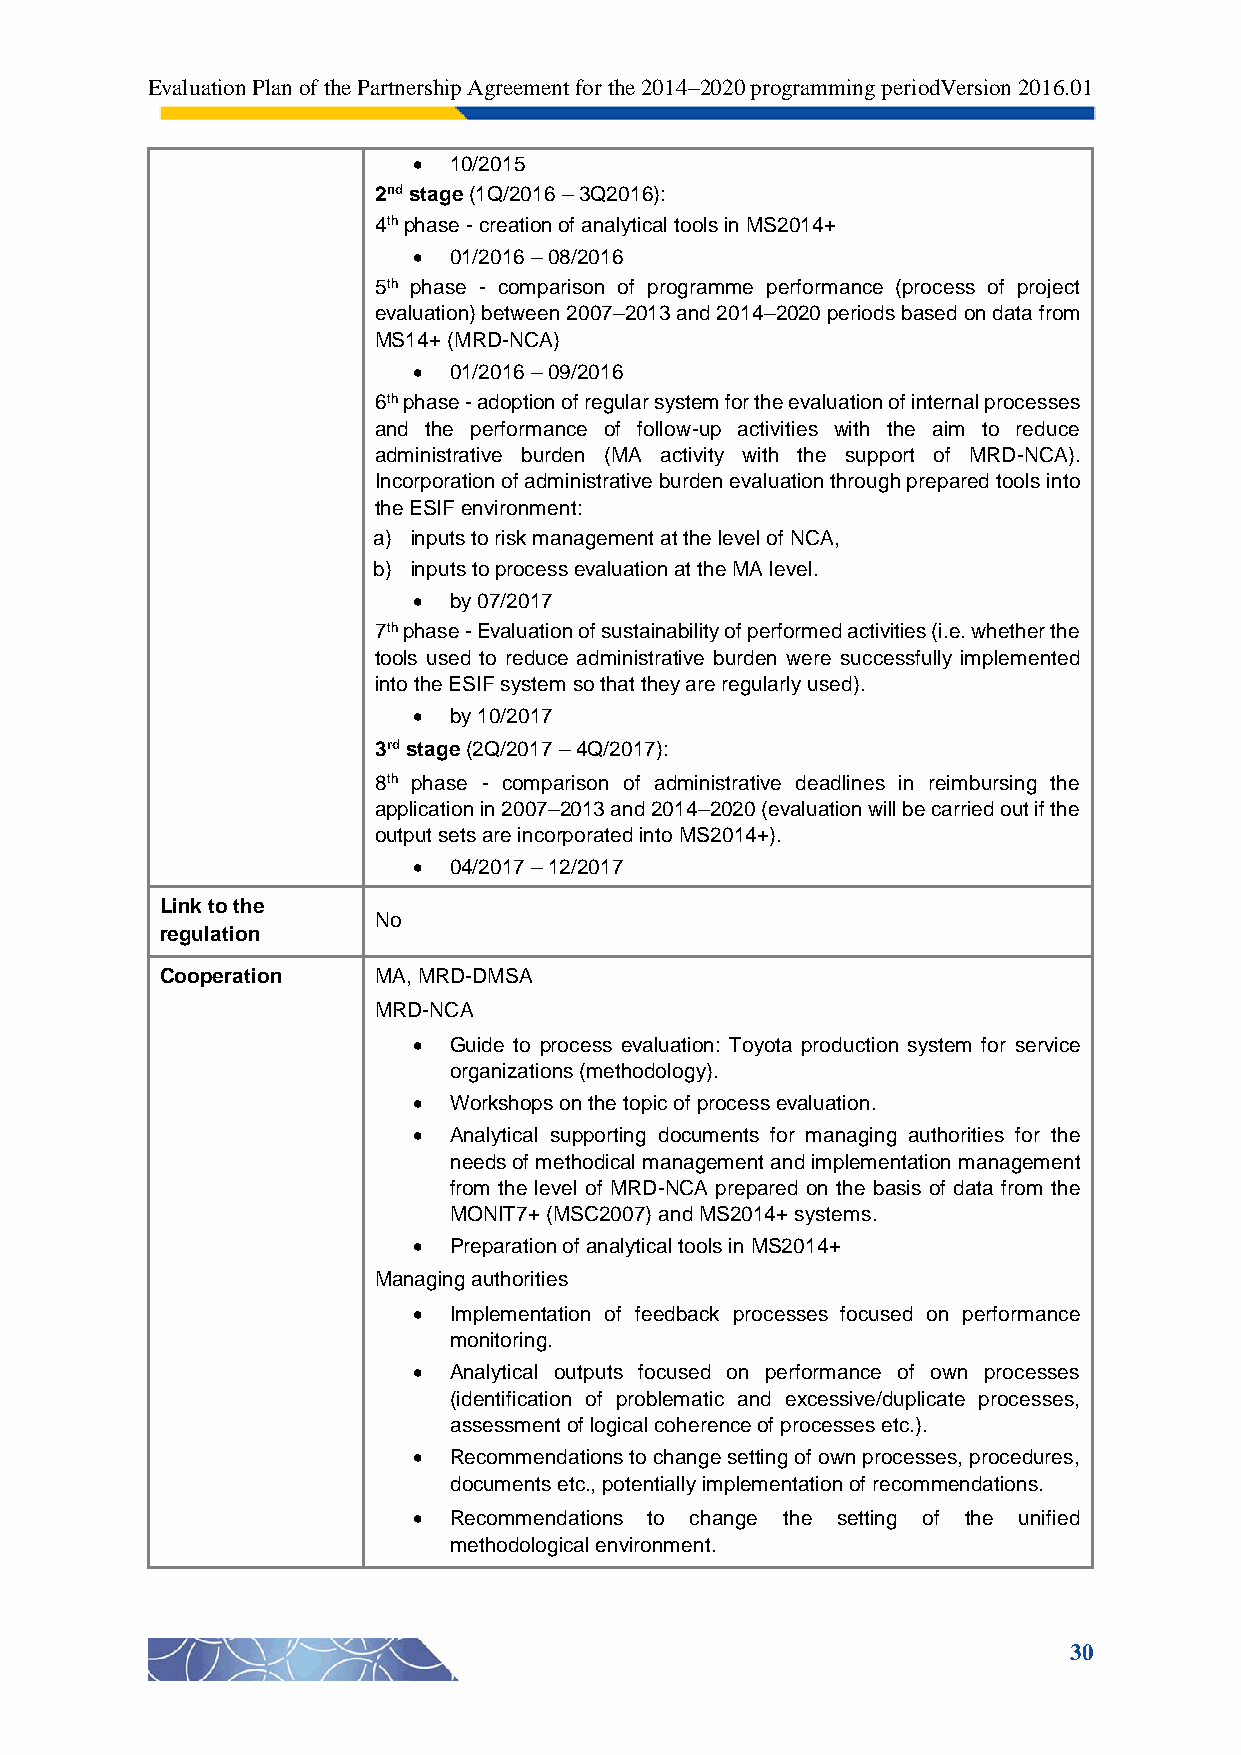
Evaluation Plan of the Partnership Agreement for the 2014–2020 programming periodVersion 2016.01
   10/2015
 2nd stage (1Q/2016 – 3Q2016):
 4th phase - creation of analytical tools in MS2014+
   01/2016 – 08/2016
 5th phase - comparison of programme performance (process of project
 evaluation) between 2007–2013 and 2014–2020 periods based on data from
 MS14+ (MRD-NCA)
   01/2016 – 09/2016
 6th phase - adoption of regular system for the evaluation of internal processes
 and the performance of follow-up activities with the aim to reduce
 administrative burden (MA activity with the support of MRD-NCA).
 Incorporation of administrative burden evaluation through prepared tools into
 the ESIF environment:
 a) inputs to risk management at the level of NCA,
 b) inputs to process evaluation at the MA level.
   by 07/2017
 7th phase - Evaluation of sustainability of performed activities (i.e. whether the
 tools used to reduce administrative burden were successfully implemented
 into the ESIF system so that they are regularly used).
   by 10/2017
 3rd stage (2Q/2017 – 4Q/2017):
 8th phase - comparison of administrative deadlines in reimbursing the
 application in 2007–2013 and 2014–2020 (evaluation will be carried out if the
 output sets are incorporated into MS2014+).
   04/2017 – 12/2017
 Link to the
 No
 regulation
 Cooperation   MA, MRD-DMSA
 MRD-NCA
   Guide to process evaluation: Toyota production system for service
 organizations (methodology).
   Workshops on the topic of process evaluation.
   Analytical supporting documents for managing authorities for the
 needs of methodical management and implementation management
 from the level of MRD-NCA prepared on the basis of data from the
 MONIT7+ (MSC2007) and MS2014+ systems.
   Preparation of analytical tools in MS2014+
 Managing authorities
   Implementation of feedback processes focused on performance
 monitoring.
   Analytical outputs focused on performance of own processes
 (identification of problematic and excessive/duplicate processes,
 assessment of logical coherence of processes etc.).
   Recommendations to change setting of own processes, procedures,
 documents etc., potentially implementation of recommendations.
   Recommendations to change the setting of the unified
 methodological environment.
 30